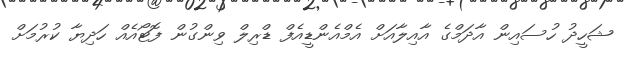
ޝަހީދު ހުސައިން އާދަމްގެ އާއިލާއަށް އެމްއެންޑީއެފް ޑްރިލް ވިންގުން ފޮޓޯއެއް ހަދިޔާ ކުރުމަށް